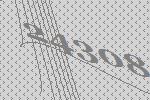
24308